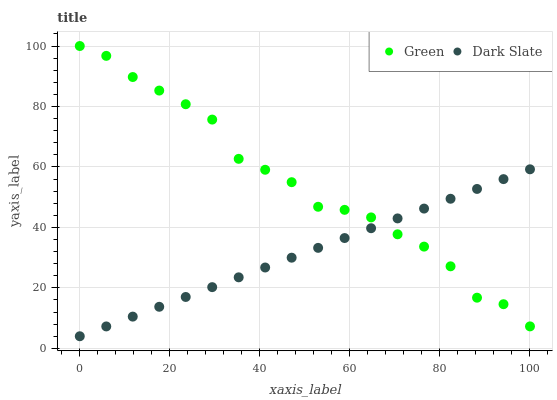
| xaxis_label | Green | Dark Slate |
 | --- | --- | --- |
 | 0 | 100 | 4 |
 | 5.88 | 96.7 | 7.25 |
 | 11.8 | 89.7 | 10.5 |
 | 17.6 | 85.3 | 13.7 |
 | 23.5 | 80.7 | 17 |
 | 29.4 | 75.7 | 20.2 |
 | 35.3 | 62.7 | 23.5 |
 | 41.2 | 59.1 | 26.7 |
 | 47.1 | 55 | 30 |
 | 52.9 | 46.8 | 33.2 |
 | 58.8 | 45.8 | 36.5 |
 | 64.7 | 43.3 | 39.7 |
 | 70.6 | 37.7 | 43 |
 | 76.5 | 33.6 | 46.2 |
 | 82.4 | 27.1 | 49.5 |
 | 88.2 | 16.8 | 52.7 |
 | 94.1 | 14.6 | 56 |
 | 100 | 7.26 | 59.2 |